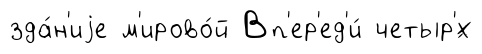
зда́н'иjе м'ирово́й Вп'ер'ед'и́ четыр'́х